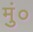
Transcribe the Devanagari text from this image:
मुं०